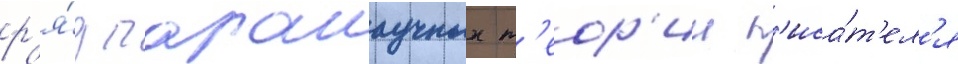
р'я́д паранаучных т'еор'ии п'иса́т'ел'я